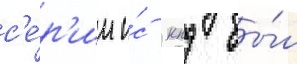
с'е́р'ии и́с кпд бы́л